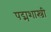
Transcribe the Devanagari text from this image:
पद्मशास्त्री